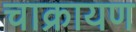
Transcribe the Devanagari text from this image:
चाक्रायण